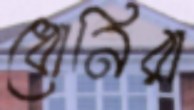
ধোনিরা